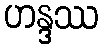
ဟန္ဒဿ